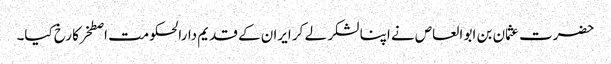
حضرت عثمان بن ابو العاص نے اپنا لشکر لے کر ایران کے قدیم دارالحکومت اصطخر کا رخ کیا۔